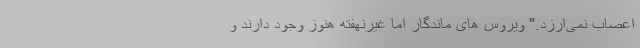
اعصاب نمی‌ارزد." ویروس های ماندگار اما غیرنهفته هنوز وجود دارند و